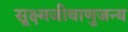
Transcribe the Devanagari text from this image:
सूक्ष्मजीवाणुजन्य